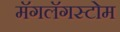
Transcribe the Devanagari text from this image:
मॅगलॅगस्टोम